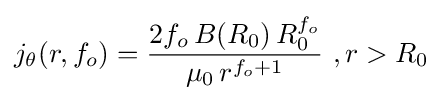
j_{\theta }(r,f_{o})={\frac {2f_{o}\,B(R_{0})\,R_{0}^{f_{o}}}{\mu _{0}\,r^{f_{o}+1}}}\,\,,r>R_{0}